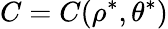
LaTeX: C=C(\rho^{\ast},\theta^{\ast})